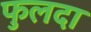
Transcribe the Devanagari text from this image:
फुलदा